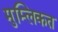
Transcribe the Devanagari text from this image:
मुम्लिकत